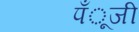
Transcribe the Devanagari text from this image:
पँूजी